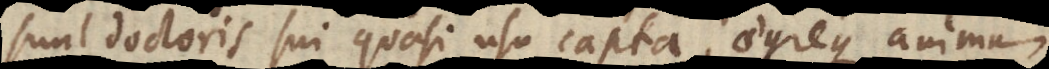
sunt doctoris sui quasi usu capta, aegreque animum